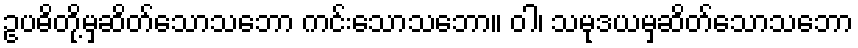
ဥပဓိတို့မှဆိတ်သောသဘော ကင်းသောသဘော။ ဝါ၊ သမုဒယမှဆိတ်သောသဘော